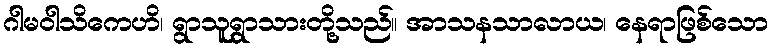
ဂါမဝါသိကေဟိ၊ ရွာသူရွာသားတို့သည်။ အာသနသာလာယ၊ နေရာဖြစ်သော